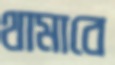
থামাবে